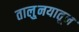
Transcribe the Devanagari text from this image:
तालु्नयातून